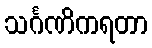
သင်္ဂဏိကရတာ